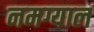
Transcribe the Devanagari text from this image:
नमग्याल